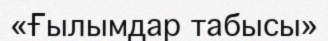
«Ғылымдар табысы»